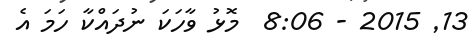
13